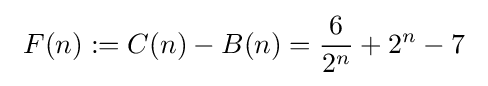
\ F(n):=C(n)-B(n)={\frac {6}{2^{n}}}+2^{n}-7\